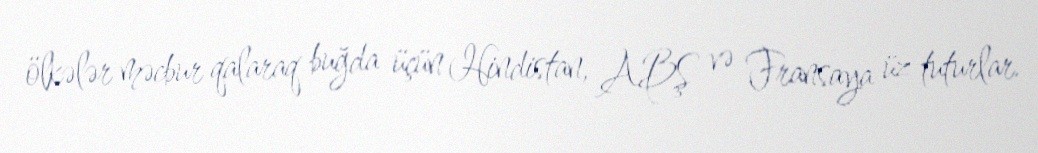
ölkələr məcbur qalaraq buğda üçün Hindistan, ABŞ və Fransaya üz tuturlar.